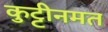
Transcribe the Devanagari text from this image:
कुट्टीनमत